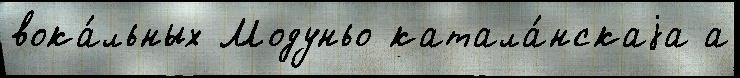
вока́льных Модуньо катала́нскаjа а